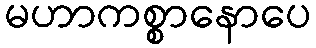
မဟာကစ္စာနောပေ